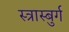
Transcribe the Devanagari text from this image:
स्त्रास्बुर्ग